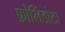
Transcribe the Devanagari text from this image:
फ़ोलिंडोटा